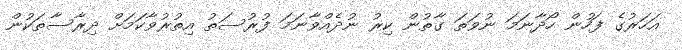
އަހަރުގެ ފަހުން ހޯދާނަމަ ނުވަތަ ގާތުން ކިރު ނުދެއްވާނަމަ ފުރުސަތު އިތުރުވާކަމަށް ދިރާސާތަކުން